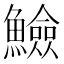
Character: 䲓